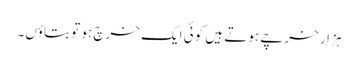
ہزار خرچے ہوتے ہیں کوئی ایک خرچ ہو تو بتاؤں۔